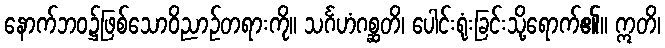
နောက်ဘဝ၌ဖြစ်သောဝိညာဉ်တရားကို။ သင်္ဂဟံဂစ္ဆတိ၊ ပေါင်းရုံးခြင်းသို့ရောက်၏။ ဣတိ၊